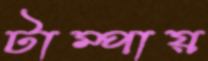
টাম্পায়